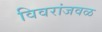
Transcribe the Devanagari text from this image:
विवरांजवळ